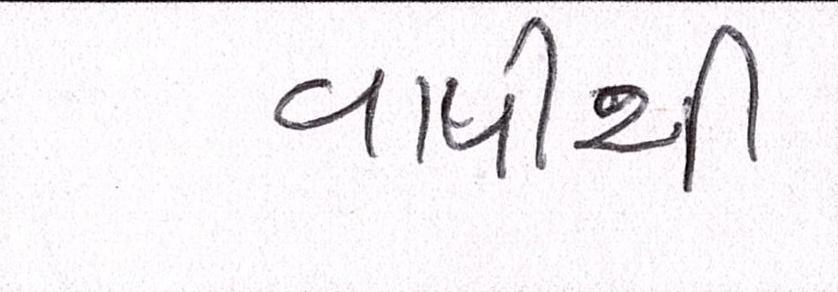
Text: વાપીથી